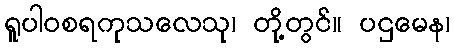
ရူပါဝစရကုသလေသု၊ တို့တွင်။ ပဌမေန၊